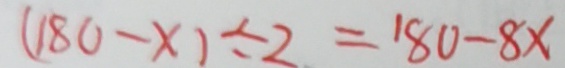
( 1 8 0 - x ) \div 2 = 1 8 0 - 8 x